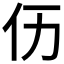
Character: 𠆮